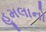
હૂમલાનો